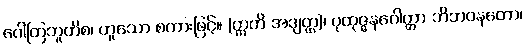
ဂေါတြဘူတိစ၊ ဟူသော စကားဖြင့်။ (ဣတိ အဒျတ္ထ)၊ ပုထုဇ္ဇနဂေါတ္တာ ဘိဘဝနတော၊